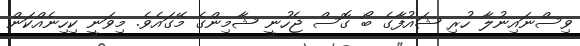
ވިސްނައިނުލާ ހުރި ޝައުފާގެ ބޯ ގޮސް ޖެހުނީ ޝާމިންގެ މޭގައެވެ. މިވަނީ ކިހިނެއްކަން